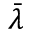
\bar { \lambda }